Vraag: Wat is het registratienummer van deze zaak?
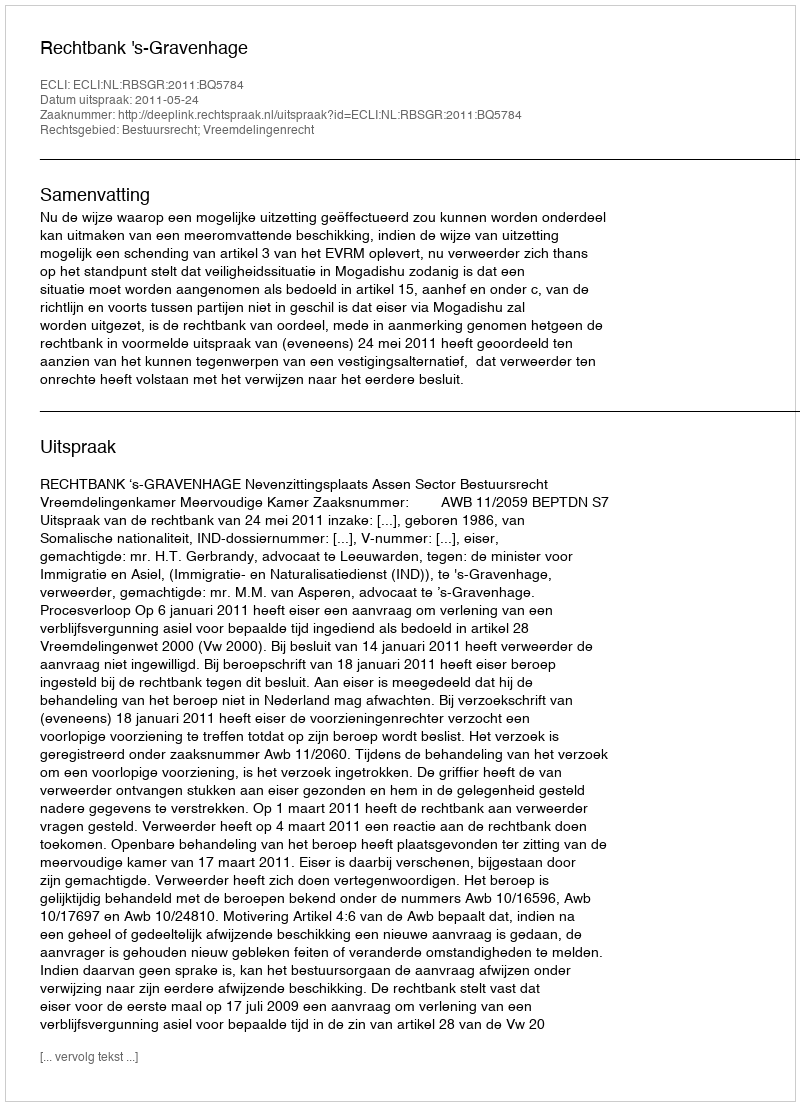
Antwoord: http://deeplink.rechtspraak.nl/uitspraak?id=ECLI:NL:RBSGR:2011:BQ5784